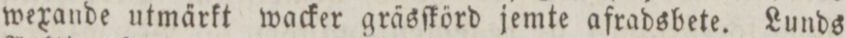
wexande utmärkt wacker gräsſkörd jemte afradsbete. Lunds